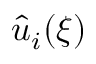
\hat { u } _ { i } ( \xi )